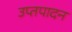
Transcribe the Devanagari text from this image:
उप्तपादन